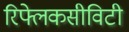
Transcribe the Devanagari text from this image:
रिफ्लेकसीविटी